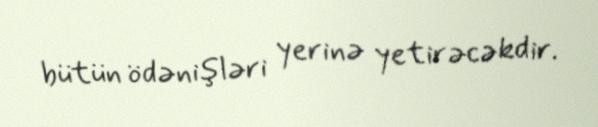
bütün ödənişləri yerinə yetirəcəkdir.